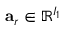
\mathbf { a } _ { r } \in \mathbb { R } ^ { I _ { 1 } }